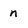
Character: n